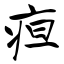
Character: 疸